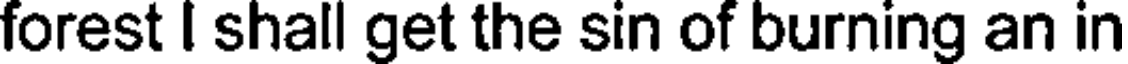
forest I shall get the sin of burning an in